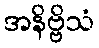
အနိဗ္ဗိသံ